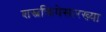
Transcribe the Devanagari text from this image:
शस्त्रक्रियेसारख्या